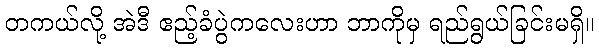
တကယ်လို့ အဲဒီ ဧည့်ခံပွဲကလေးဟာ ဘာကိုမှ ရည်ရွယ်ခြင်းမရှိ။